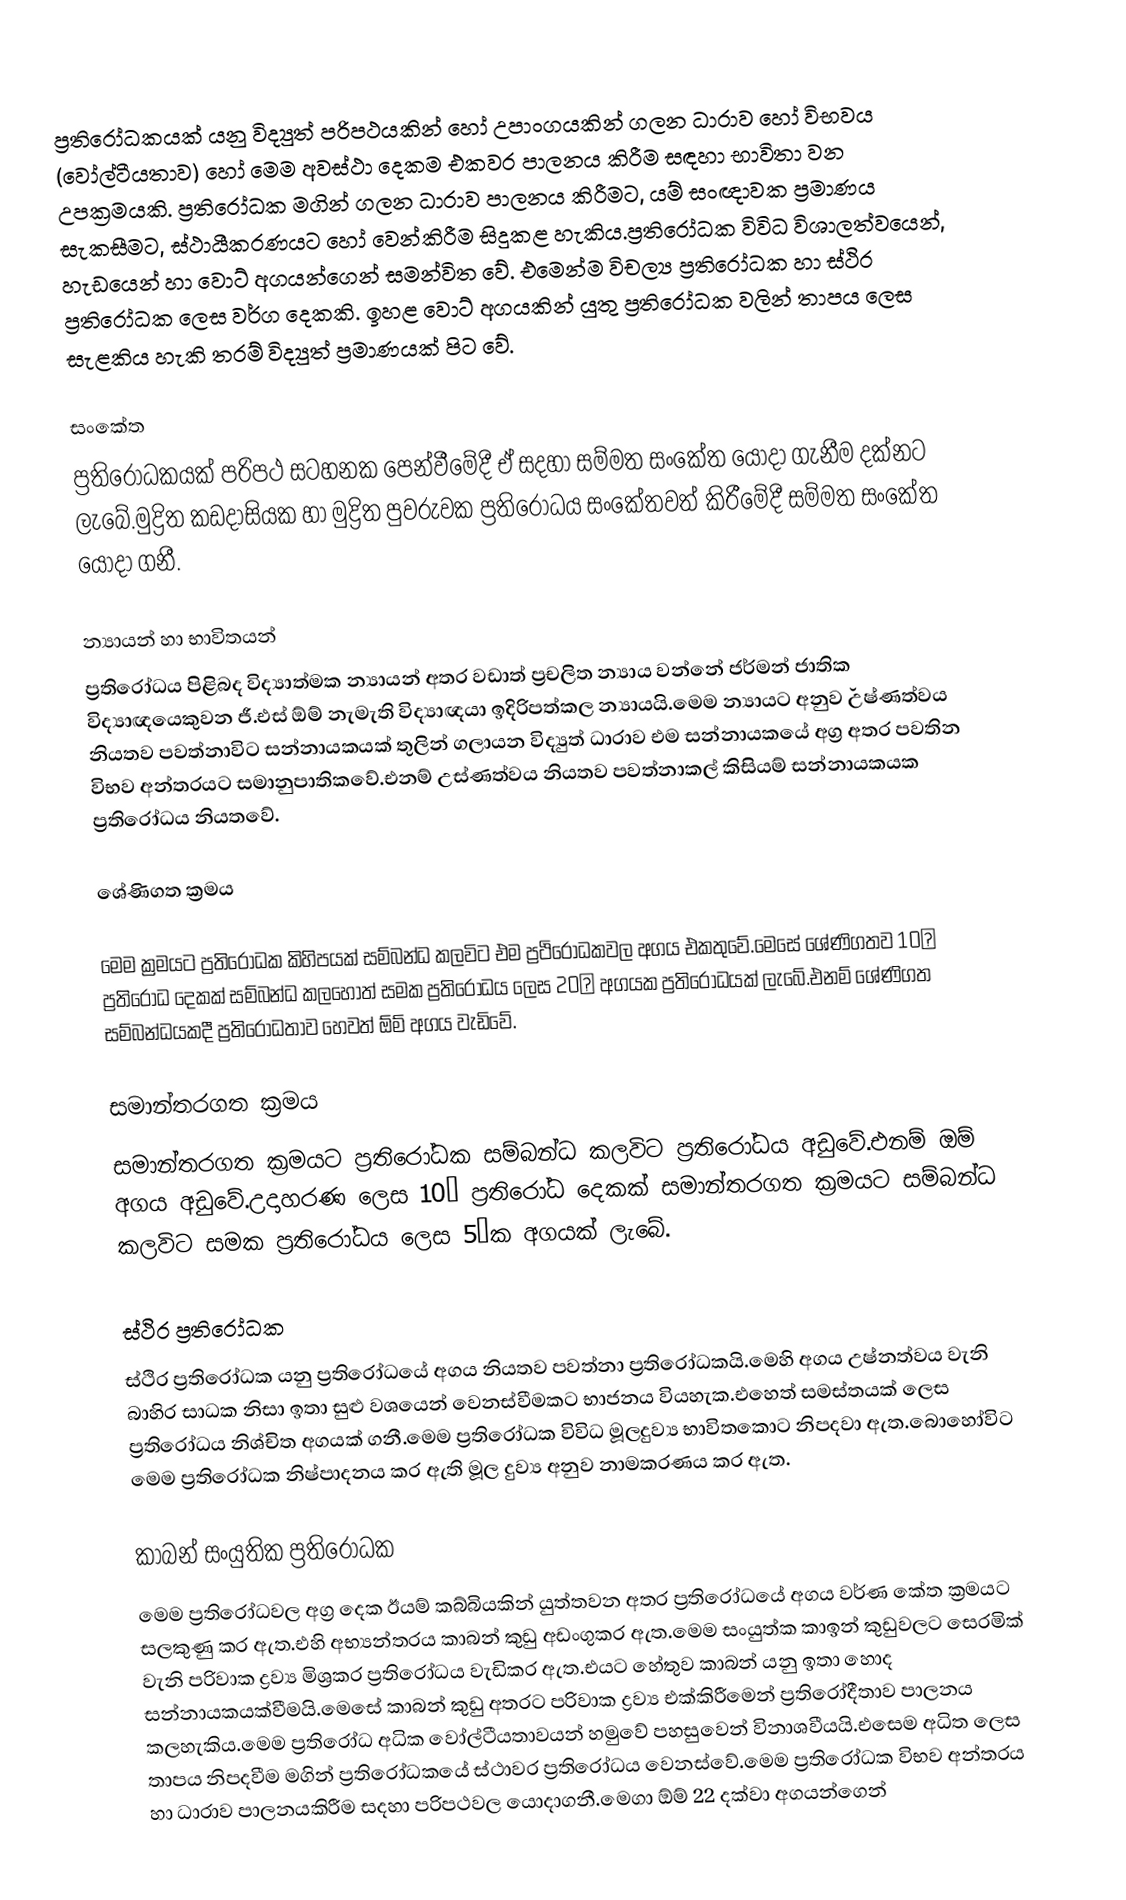
ප්‍රතිරෝධකයක් යනු විද්‍යුත් පරිපථයකින් හෝ උපාංගයකින් ගලන ධාරාව හෝ විභවය (වෝල්ටීයතාව) හෝ මෙම අවස්ථා දෙකම එකවර පාලනය කිරීම සඳහා භාවිතා වන උපක්‍රමයකි. ප්‍රතිරෝධක මගින් ගලන ධාරාව පාලනය කිරීමට, යම් සංඥාවක ප්‍රමාණය සැකසීමට, ස්ථායීකරණයට හෝ වෙන්කිරීම සිදුකළ හැකිය.ප්‍රතිරෝධක විවිධ විශාලත්වයෙන්, හැඩයෙන් හා වොට් අගයන්ගෙන් සමන්විත වේ. එමෙන්ම විචල්‍ය ප්‍රතිරෝධක හා ස්ථිර ප්‍රතිරෝධක ලෙස වර්ග දෙකකි.  ඉහළ වොට් අගයකින් යුතු ප්‍රතිරෝධක වලින් තාපය ලෙස සැළකිය හැකි තරම් විද්‍යුත් ප්‍රමාණයක් පිට වේ.

සංකේත
ප්‍රතිරෝධකයක් පරිපථ සටහනක පෙන්වීමේදී ඒ සදහා සම්මත සංකේත යොදා ගැනීම දක්නට ලැබේ.මුද්‍රිත කඩදාසියක හා මුද්‍රිත පුවරුවක ප්‍රතිරෝධය සංකේතවත් කිරීමේදී සම්මත සංකේත යොදා ගනී.

න්‍යායන් හා භාවිතයන්
ප්‍රතිරෝධය පිළිබද විද්‍යාත්මක න්‍යායන් අතර වඩාත් ප්‍රචලිත න්‍යාය වන්නේ ජර්මන් ජාතික විද්‍යාඥයෙකුවන ජී.එස් ඕම් නැමැති විද්‍යාඥයා ඉදිරිපත්කල න්‍යායයි.මෙම න්‍යායට අනුව ˘උෂ්ණත්වය නියතව පවත්නාවිට සන්නායකයක් තුලින් ගලායන විද්‍යුත් ධාරාව එම සන්නායකයේ අග්‍ර අතර පවතින විභව අන්තරයට සමානුපාතිකවේ.එනම් උස්ණත්වය නියතව පවත්නාකල් කිසියම් සන්නායකයක ප්‍රතිරෝධය නියතවේ.

ශේණිගත ක්‍රමය

මෙම ක්‍රමයට ප්‍රතිරෝධක කිහිපයක් සම්බන්ධ කලවිට එම ප්‍රථිරෝධකවල අගය එකතුවේ.මෙසේ ශේණිගතව 10Ω ප්‍රතිරෝධ දෙකක් සම්බන්ධ කලහොත් සමක ප්‍රතිරෝධය ලෙස 20Ω අගයක ප්‍රතිරෝධයක් ලැබේ.එනම් ශේණිගත සම්බන්ධයකදී ප්‍රතිරෝධතාව හෙවත් ඕම් අගය වැඩිවේ.

සමාන්තරගත ක්‍රමය
සමාන්තරගත ක්‍රමයට ප්‍රතිරෝධක සම්බන්ධ කලවිට ප්‍රතිරෝධය අඩුවේ.එනම් ඔම් අගය අඩුවේ.උදාහරණ ලෙස 10Ω ප්‍රතිරෝධ දෙකක් සමාන්තරගත ක්‍රමයට සම්බන්ධ කලවිට සමක ප්‍රතිරෝධය ලෙස 5Ωක අගයක් ලැබේ.

ස්ථිර ප්‍රතිරෝධක
ස්ථිර ප්‍රතිරෝධක යනු ප්‍රතිරෝධයේ අගය නියතව පවත්නා ප්‍රතිරෝධකයි.මෙහි අගය උෂ්නත්වය වැනි බාහිර සාධක නිසා ඉතා සුළු වශයෙන් වෙනස්වීමකට භාජනය වියහැක.එහෙත් සමස්තයක් ලෙස ප්‍රතිරෝධය නිශ්චිත අගයක් ගනී.මෙම ප්‍රතිරෝධක විවිධ මූලදුව්‍ය භාවිතකොට නිපදවා ඇත.බොහෝවිට මෙම ප්‍රතිරෝධක නිෂ්පාදනය කර ඇති මූල දුව්‍ය අනුව නාමකරණය කර ඇත.

කාබන් සංයුතික ප්‍රතිරෝධක
මෙම ප්‍රතිරෝධවල අග්‍ර දෙක ඊයම් කබ්බියකින් යුත්තවන අතර ප්‍රතිරෝධයේ අගය වර්ණ කේත ක්‍රමයට සලකුණු කර ඇත.එහි අභ්‍යන්තරය කාබන් කුඩු අඩංගුකර ඇත.මෙම සංයුත්ක කාඉන් කුඩුවලට සෙරමික් වැනි පරිවාක ද්‍රව්‍ය මිශ්‍රකර ප්‍රතිරෝධය වැඩිකර ඇත.එයට හේතුව කාබන් යනු ඉතා හොද සන්නායකයක්වීමයි.මෙසේ කාබන් කුඩු අතරට පරිවාක ද්‍රව්‍ය එක්කිරීමෙන් ප්‍රතිරෝදීතාව පාලනය කලහැකිය.මෙම ප්‍රතිරෝධ අධික වෝල්ටීයතාවයන් හමුවේ පහසුවෙන් විනාශවීයයි.එසෙම අධිත ලෙස තාපය නිපදවීම මගින් ප්‍රතිරෝධකයේ ස්ථාවර ප්‍රතිරෝධය වෙනස්වේ.මෙම ප්‍රතිරෝධක විභව අන්තරය හා ධාරාව පාලනයකිරීම සදහා පරිපථවල යොදාගනී.මෙගා ඕම් 22 දක්වා අගයන්ගෙන්